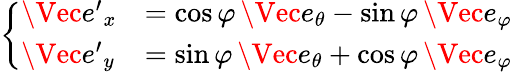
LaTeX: \left\{ \begin{array}{ll}{\Vec{e^{\prime}}_{x}}&{=\cos{\varphi}\, \Vec{e}_{\theta}-\sin{\varphi}\, \Vec{e}_{\varphi}}\\ {\Vec{e^{\prime}}_{y}}&{=\sin{\varphi}\, \Vec{e}_{\theta}+\cos{\varphi}\, \Vec{e}_{\varphi}}\end{array}\right.